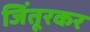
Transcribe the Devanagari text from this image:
जिंतूरकर